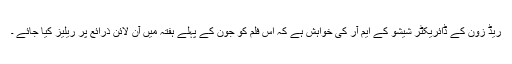
ریڈ زون کے ڈائریکٹر شیشو کے ایم آر کی خواہش ہے کہ اس فلم کو جون کے پہلے ہفتہ میں آن لائن ذرائع پر ریلیز کیا جائے ۔